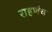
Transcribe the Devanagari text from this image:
राहणंच